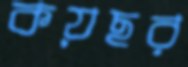
কয়ছর